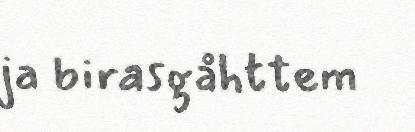
ja birasgåhttem